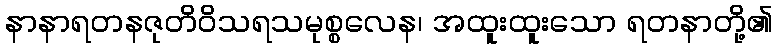
နာနာရတနဇုတိဝိသရသမုစ္စလေန၊ အထူးထူးသော ရတနာတို့၏